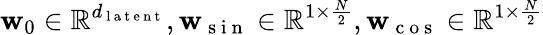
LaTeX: \mathbf{w}_{0}\in\mathbb{R}^{d_{\mathrm{~l~a~t~e~n~t~}}},\mathbf{w}_{\mathrm{~s~i~n~}}\in\mathbb{R}^{1\times{\frac{N}{2}}},\mathbf{w}_{\mathrm{~c~o~s~}}\in\mathbb{R}^{1\times\frac{N}{2}}